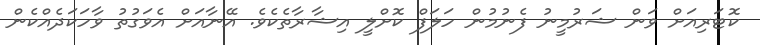
ކޮޓަރިއަށް ވަން ޝަރުމީނު ފެނުމުން ހަލަފް ކޮށްލީ އިޝާރާތެކެވެ. އޭނާއަށް އެވަގުތު ވާހަކަދެއްކެން